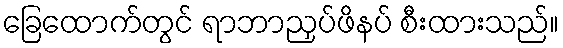
ခြေထောက်တွင် ရာဘာညှပ်ဖိနပ် စီးထားသည်။